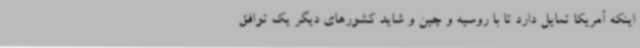
اینکه آمریکا تمایل دارد تا با روسیه و چین و شاید کشورهای دیگر یک توافق